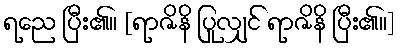
ရညေ ပြီး၏။ [ရာဇိနိ ပြုလျှင် ရာဇိနိ ပြီး၏။]